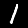
Label: 1